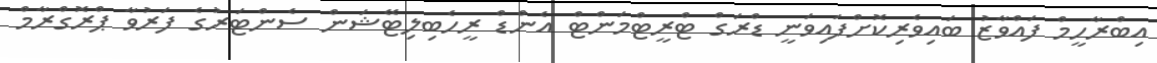
އިބްރާހީމް ފައްވާޒު ބައިވެރިކޮށްފައިވަނީ ޑްރަގް ޓްރީޓްމަންޓް އެންޑް ރީހެބިލިޓޭޝަން ސެންޓަރުގެ ފަރުވާ ޕްރޮގްރާމް